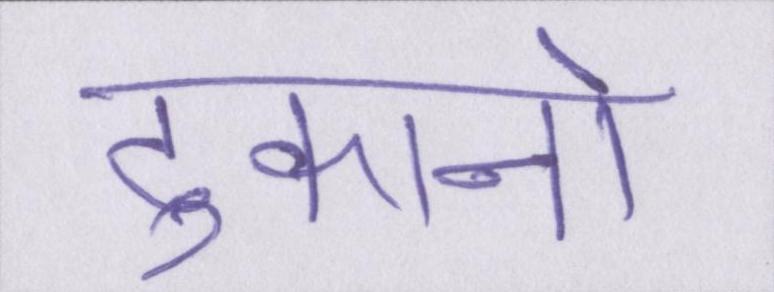
दुकानो